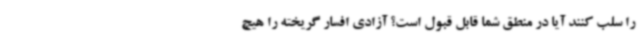
را سلب کنند آیا در منطق شما قابل قبول است؟ آزادی افسار گریخته را هیچ